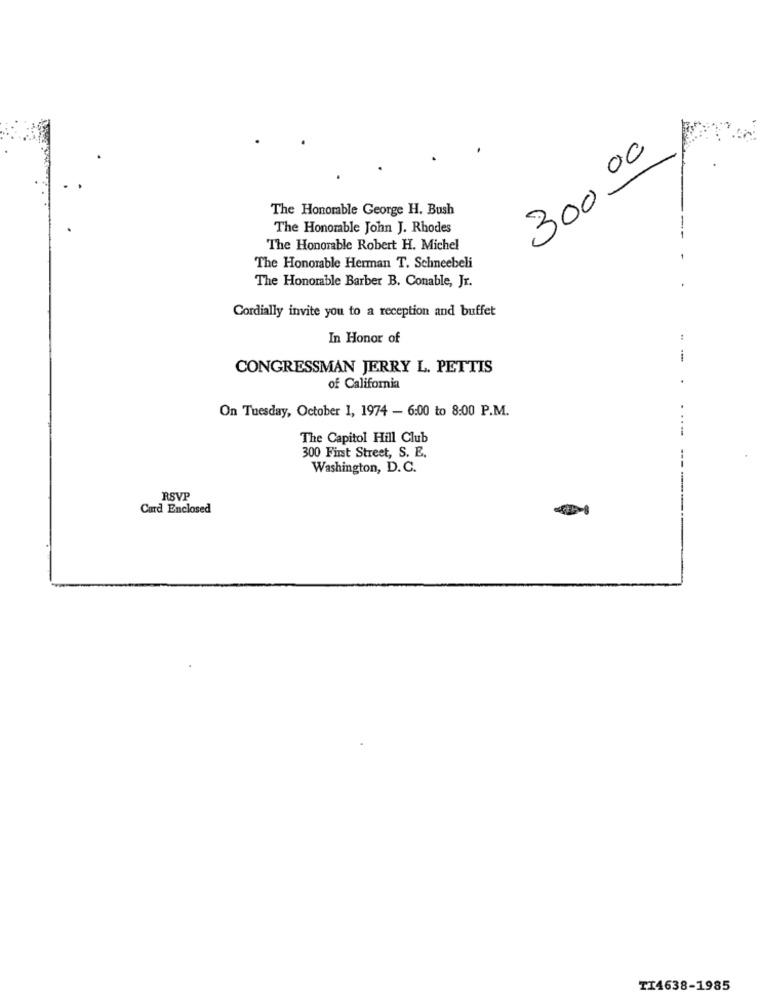
300.00
The Honorable George H. Bush
The Honorable John J. Rhodes
The Honorable Robert H. Michel
The Honorable Herman T. Schneebeli
The Honorable Barber B. Conable, Jr.
Cordially invite you to a reception and buffet
In Honor of
CONGRESSMAN JERRY L. PETTIS
of California
On Tuesday, October 1, 1974 - 6:00 to 8:00 P.M.
.-
The Capitol Hill Club
300 First Street, S. E.
Washington, D.C.
RSVI
Card Enclosed
TI4638-1985